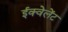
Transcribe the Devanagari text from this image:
ईक्वेलेंट